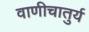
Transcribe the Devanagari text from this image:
वाणीचातुर्य